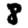
Digit: 8